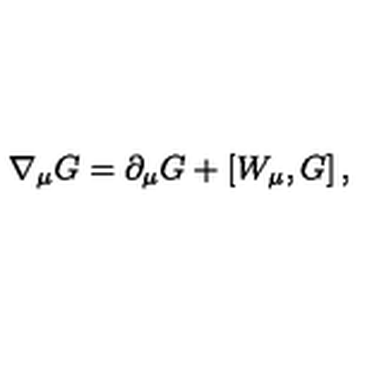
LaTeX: \nabla _ { \mu } G = \partial _ { \mu } G + \left[ W _ { \mu } , G \right] ,